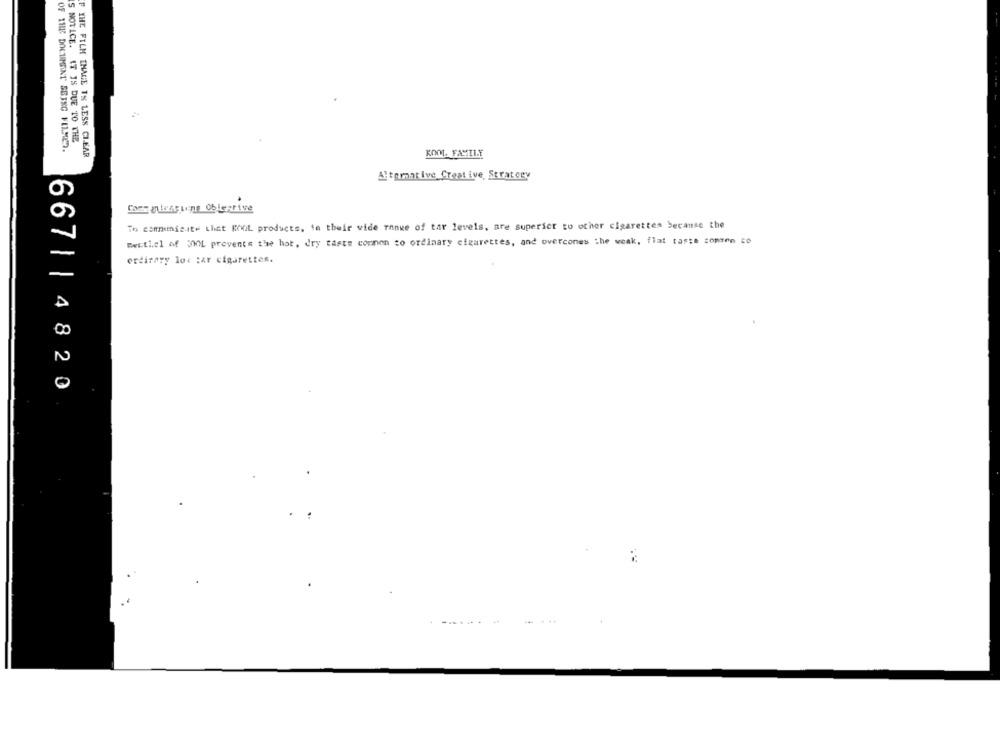
S NOTICE. IT IS DUE TO THE
OF THE DOCUMENT SEING FILMEN.
F YHE FILM THACE TS LESS CLEAR
KOM, FAMILY
Altemative_Creat ive, Strategy
CompaniesFine Obleprive
in communisite that Root products, to their wide range of tar levels, are superict to other cigarettes because the
Beithel of :00L prevents the hot, dry taste common to ordinary cigarettes, and overcones the weak, flat taste comen zo
erdirary loc zar cigarettes.
667| | 4820
: